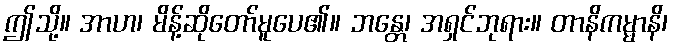
ဤသို့။ အာဟ၊ မိန့်ဆိုတော်မူပေ၏။ ဘန္တေ၊ အရှင်ဘုရား။ တာနိကမ္မာနိ၊